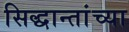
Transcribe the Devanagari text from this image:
सिद्धान्तांच्या